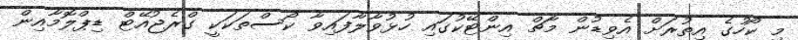
މި ކޯހުގެ އިތުރަށް އެވިޑުން މާޗް އިންޓޭކުގައި ހުޅުވާލާފައިވާ ކޯސްތަކަކީ ގްރެޖުއޭޓް ޑިޕްލޮމާއިން